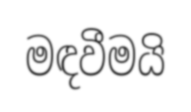
මඳවීමයි